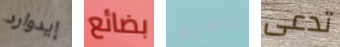
إيدوارد بضائع يتعارض تدعى